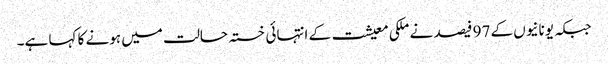
جبکہ یونانیوں کے 97 فیصد نے ملکی معیشت کے انتہائی خستہ حالت میں ہونے کا کہا ہے۔